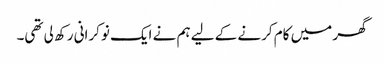
گھر میں کام کرنے کے لیے ہم نے ایک نوکرانی رکھ لی تھی۔